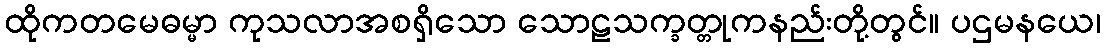
ထိုကတမေဓမ္မာ ကုသလာအစရှိသော သောဠသက္ခတ္တုကနည်းတို့တွင်။ ပဌမနယေ၊